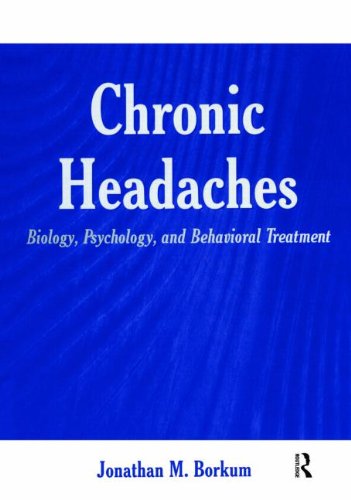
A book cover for Chronic Headaches: Biology, Psychology, and Behavioral Treatment; Jonathan M. Borkum; Health, Fitness & Dieting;